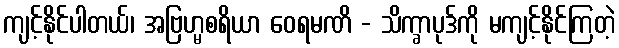
ကျင့်နိုင်ပါတယ်၊ အဗြဟ္မစရိယာ ဝေရမဏိ - သိက္ခာပုဒ်ကို မကျင့်နိုင်ကြတဲ့